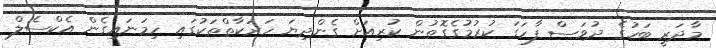
މާދަރީ ބަހުގެ ދުވަސް ފާހަގަ ކުރުމުގެގޮތުން ކުރިއަށް ގެންދިޔަ ހަރަކާތްތަކުގައި ހިމަނައިގެން އެކްސެލް